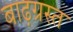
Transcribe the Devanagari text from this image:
बाढ़ग्रस्‍त